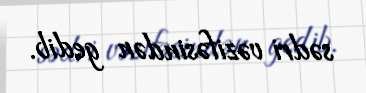
sədri vəzifəsindən gedib.